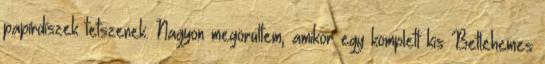
papírdíszek tetszenek. Nagyon megörültem, amikor egy komplett kis Betlehemes